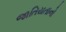
જાતિયતાનો